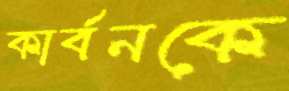
কার্বনকে